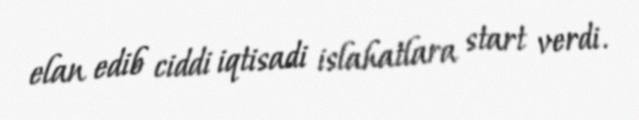
elan edib ciddi iqtisadi islahatlara start verdi.